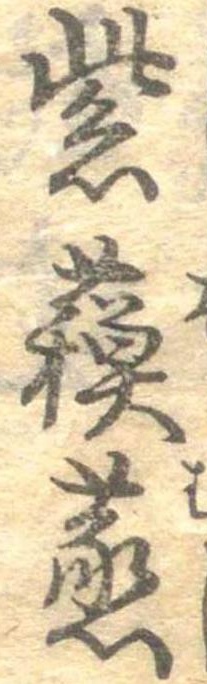
紫蘇蒸